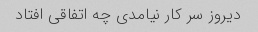
دیروز سر کار نیامدی چه اتفاقی افتاد